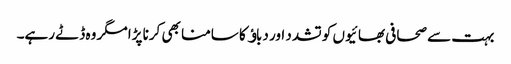
بہت سے صحافی بھائیوں کو تشدد اور دباﺅ کا سامنا بھی کرنا پڑا مگر وہ ڈٹے رہے۔